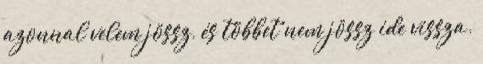
azonnal velem jössz, és többet nem jössz ide vissza.